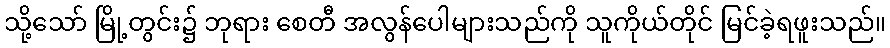
သို့သော် မြို့တွင်း၌ ဘုရား စေတီ အလွန်ပေါများသည်ကို သူကိုယ်တိုင် မြင်ခဲ့ရဖူးသည်။